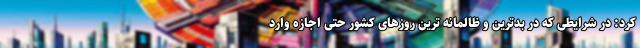
کرد: در شرایطی که در بدترین و ظالمانه ترین روزهای کشور حتی اجازه وارد